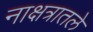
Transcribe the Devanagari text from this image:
नाक्षत्रातले